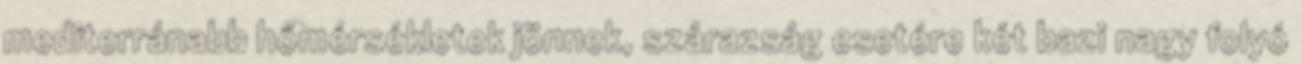
mediterránabb hőmérsékletek jönnek, szárazság esetére két bazi nagy folyó